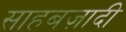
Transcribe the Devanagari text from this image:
साहबज़ादी